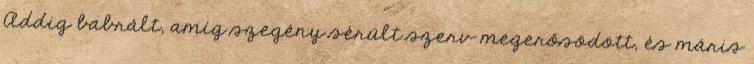
Addig babrált, amíg szegény sérült szerv megerősödött, és máris